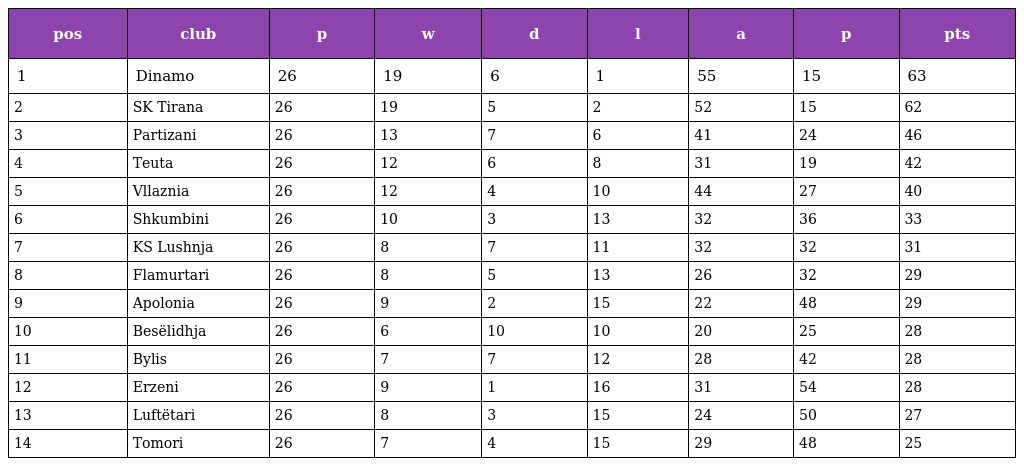
| pos | club | p | w | d | l | a | p | pts |
 | --- | --- | --- | --- | --- | --- | --- | --- | --- |
 | 1 | Dinamo | 26 | 19 | 6 | 1 | 55 | 15 | 63 |
 | 2 | SK Tirana | 26 | 19 | 5 | 2 | 52 | 15 | 62 |
 | 3 | Partizani | 26 | 13 | 7 | 6 | 41 | 24 | 46 |
 | 4 | Teuta | 26 | 12 | 6 | 8 | 31 | 19 | 42 |
 | 5 | Vllaznia | 26 | 12 | 4 | 10 | 44 | 27 | 40 |
 | 6 | Shkumbini | 26 | 10 | 3 | 13 | 32 | 36 | 33 |
 | 7 | KS Lushnja | 26 | 8 | 7 | 11 | 32 | 32 | 31 |
 | 8 | Flamurtari | 26 | 8 | 5 | 13 | 26 | 32 | 29 |
 | 9 | Apolonia | 26 | 9 | 2 | 15 | 22 | 48 | 29 |
 | 10 | Besëlidhja | 26 | 6 | 10 | 10 | 20 | 25 | 28 |
 | 11 | Bylis | 26 | 7 | 7 | 12 | 28 | 42 | 28 |
 | 12 | Erzeni | 26 | 9 | 1 | 16 | 31 | 54 | 28 |
 | 13 | Luftëtari | 26 | 8 | 3 | 15 | 24 | 50 | 27 |
 | 14 | Tomori | 26 | 7 | 4 | 15 | 29 | 48 | 25 |